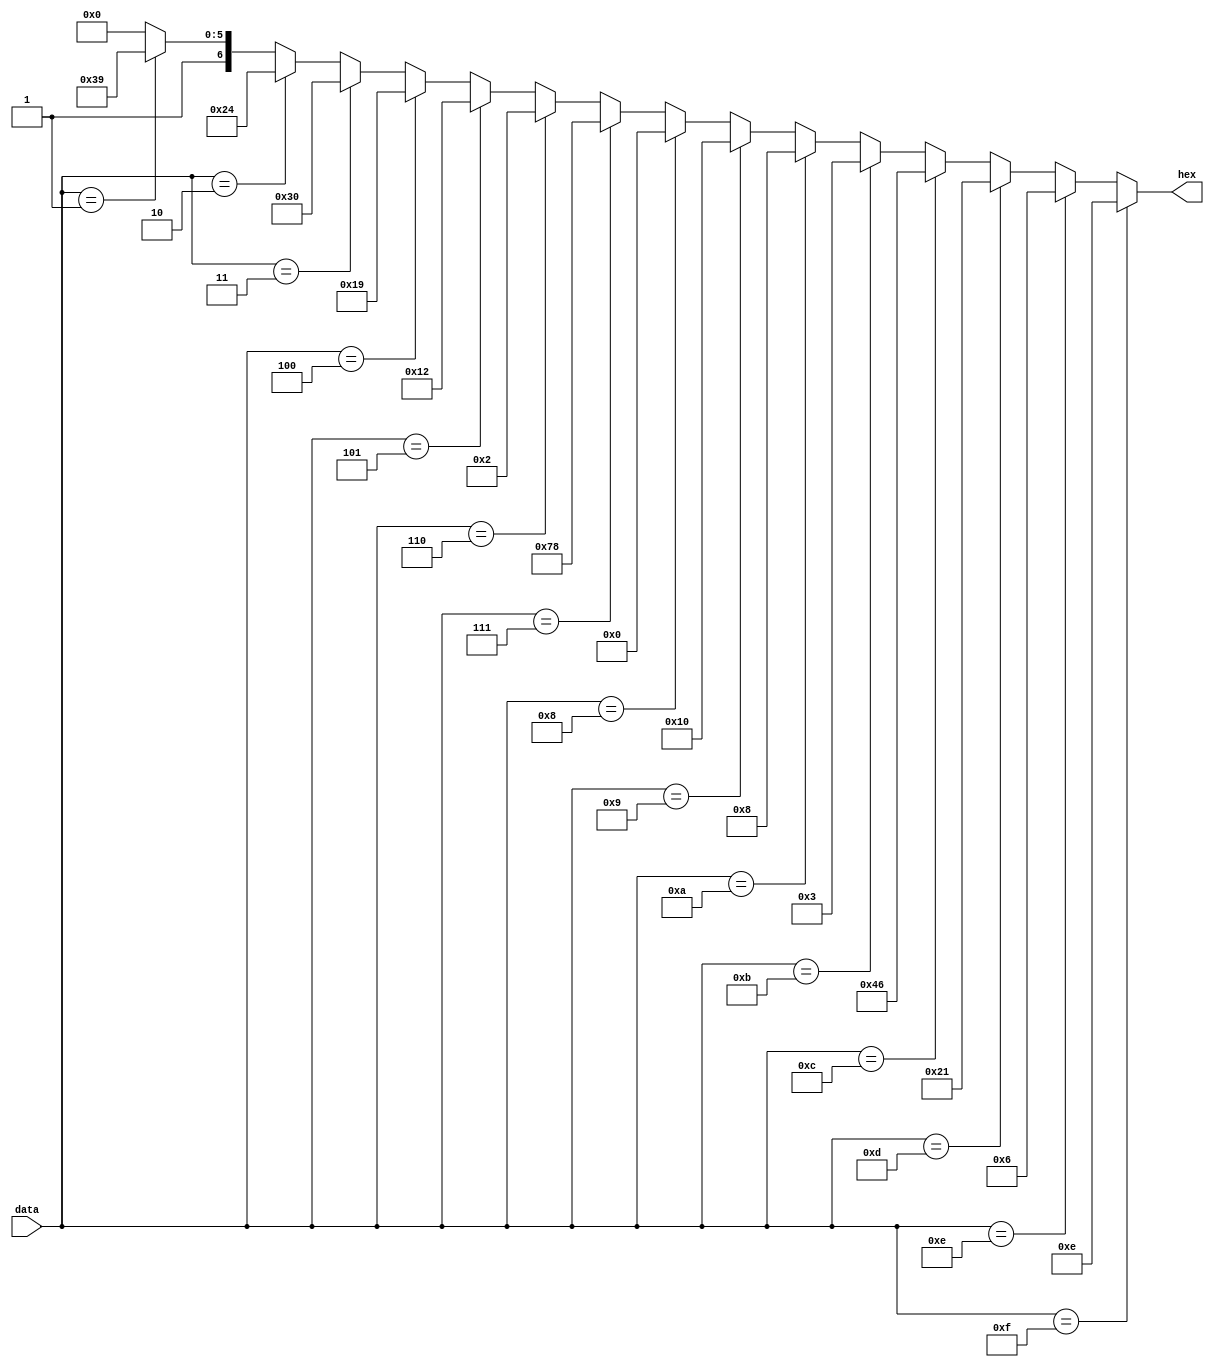
module To_7segment (
	input [3:0] data,
  output  [6:0] hex
  );

  assign hex = (data[3:0] == 8'd15) ? 7'b0001110:
              (data[3:0] == 8'd14) ? 7'b0000110:
              (data[3:0] == 8'd13) ? 7'b0100001:
              (data[3:0] == 8'd12) ? 7'b1000110:
              (data[3:0] == 8'd11) ? 7'b0000011:
              (data[3:0] == 8'd10) ? 7'b0001000:
              (data[3:0] == 8'd9) ? 7'b0010000:
              (data[3:0] == 8'd8) ? 7'b0000000:
              (data[3:0] == 8'd7) ? 7'b1111000:
              (data[3:0] == 8'd6) ? 7'b0000010:
              (data[3:0] == 8'd5) ? 7'b0010010:
              (data[3:0] == 8'd4) ? 7'b0011001:
              (data[3:0] == 8'd3) ? 7'b0110000:
              (data[3:0] == 8'd2) ? 7'b0100100:
              (data[3:0] == 8'd1) ? 7'b1111001: 7'b1000000;

endmodule // To_7segmen